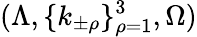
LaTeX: (\Lambda,\{ k_{\pm\rho}\} _{\rho=1}^{3},\Omega)